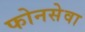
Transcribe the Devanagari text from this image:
फोनसेवा